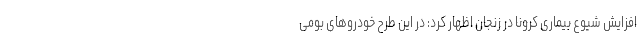
افزایش شیوع بیماری کرونا در زنجان اظهار کرد: در این طرح خودروهای بومی